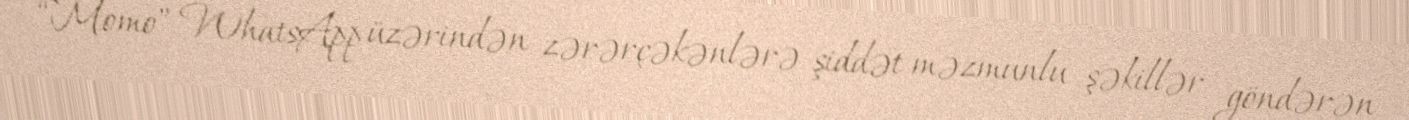
“Momo” WhatsApp üzərindən zərərçəkənlərə şiddət məzmunlu şəkillər göndərən